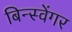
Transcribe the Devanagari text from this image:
बिन्स्वेंगर